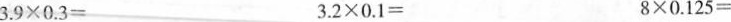
3.9×0.3= 3.2×0.1= 8×0.125=